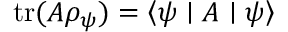
\operatorname { t r } ( A \rho _ { \psi } ) = \left\langle \psi \mid A \mid \psi \right\rangle